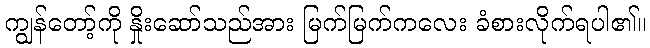
ကျွန်တော့်ကို နှိုးဆော်သည်အား မြက်မြက်ကလေး ခံစားလိုက်ရပါ၏။